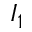
I _ { 1 }